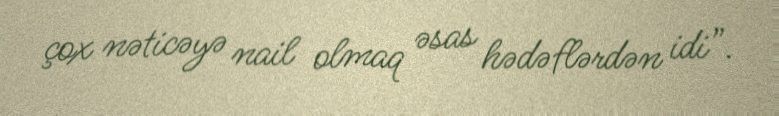
çox nəticəyə nail olmaq əsas hədəflərdən idi”.